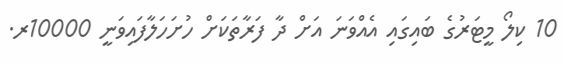
10 ކިލޯ މީޓަރުގެ ބައިގައި އެއްވަނަ އަށް ދާ ފަރާތަކަށް ހުށަހަލާފައިވަނީ 10000ރ.